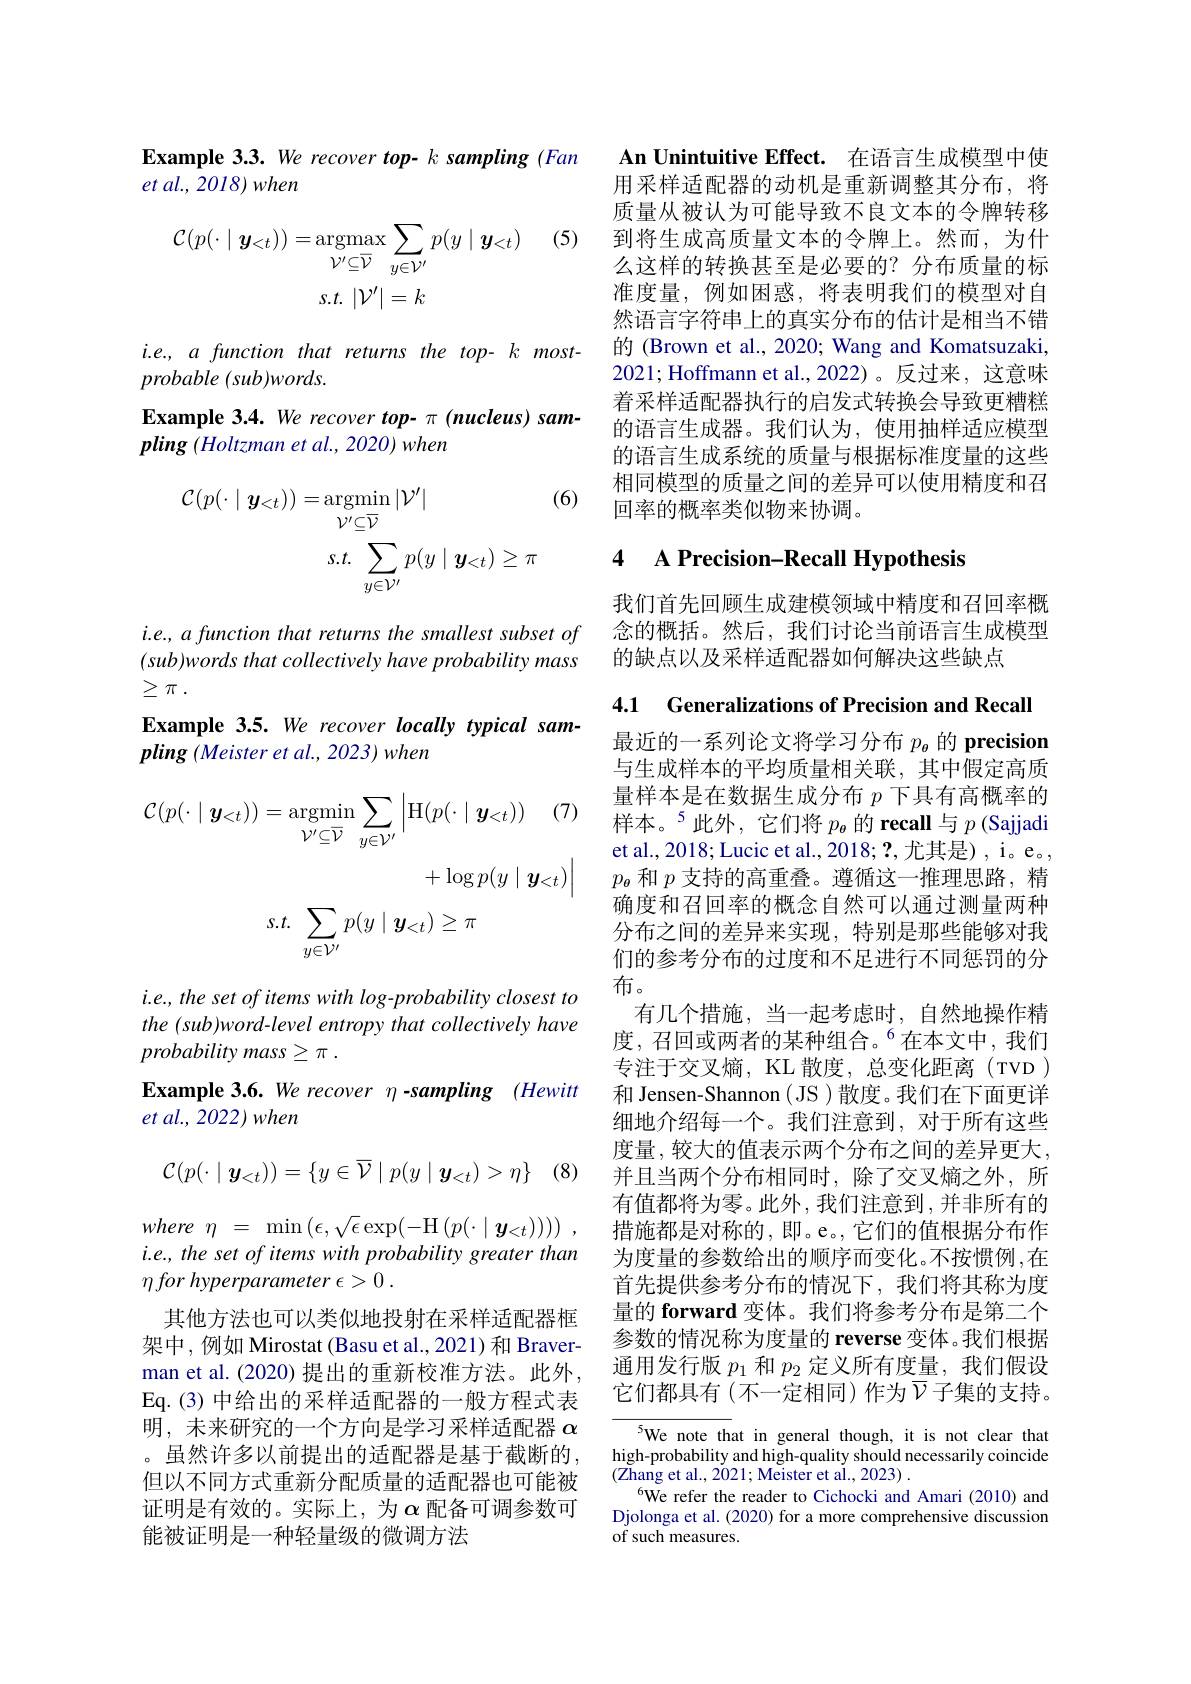
i.e., the set of items with log-probability closest to the (sub)word-level entropy that collectively have $probabilitymass\geq \pi$ .
Example 3.6. We recover $\eta$ -sampling $( Hewitt$
$et$ $al. $, 2022) when

$(8^{\circ}$
$$\mathcal{C}(p(\cdot\mid\boldsymbol{y}_{<t}))=\{y\in\overline{\mathcal{V}}\mid p(y\mid\boldsymbol{y}_{<t})>\eta\}$$
where $\eta$ = $\min \left ( \epsilon , \sqrt {\epsilon }\exp ( - \mathcal{H} \left ( p( \cdot \mid \boldsymbol{y}_{< t}) \right ) \right ) )$ , $i.e.,thesetofitemswithprobabilitygreaterthan$ $\eta \textit{for hyperparameter }\epsilon > 0$ .
其他方法也可以类似地投射在采样适配器框架中，例如 Mirostat (Basu et al.,2021) 和 Braverman et al. (2020) 提出的重新校准方法。此外， Eq.(3)中给出的采样适配器的一般方程式表明，未来研究的一个方向是学习采样适配器$\alpha$ 。虽然许多以前提出的适配器是基于截断的， 但以不同方式重新分配质量的适配器也可能被证明是有效的。实际上，为$\alpha$ 配备可调参数可能被证明是一种轻量级的微调方法

Example 3.3. We recover top- k sampling (Fan
$et$ $al. $, 2018) when

(5)
$$\begin{aligned}\mathcal{C}(p(\cdot\mid\boldsymbol{y}_{<t}))&=\arg\max_{\nu^{\prime}\subseteq\overline{\nu}}\sum_{y\in\mathcal{V}^{\prime}}p(y\mid\boldsymbol{y}_{<t})\\&s.t.\:|\mathcal{V}^{\prime}|=k\end{aligned}$$
i.e., a function that returns the top- k most-
$probable(sub)words.$
Example 3.4. We recover top- $\pi$ (nucleus) sam-
$pling\left(Holtzman\:et\:al.,\:2020\right)when$

(6)
$$\begin{aligned}\mathcal{C}(p(\cdot\mid\boldsymbol{y}_{<t}))&=\operatorname*{argmin}_{\mathcal{V}^{\prime}\subseteq\overline{\mathcal{V}}}|\mathcal{V}^{\prime}|\\&s.t.\sum_{y\in\mathcal{V}^{\prime}}p(y\mid\boldsymbol{y}_{<t})\geq\pi\end{aligned}$$
$i.e.,afunction$ that returns the smallest subset of $( sub) words\textit{ that collectively have probability mass}$ $\geq \pi$ .
Example 3.5. We recover locally typical sam-
$pling\left(Meister\textit{et al., 2023) when}\right.$
$$\begin{aligned}\mathcal{C}(p(\cdot\mid\boldsymbol{y}_{<t}))&=\underset{\mathcal{V}^{\prime}\subseteq\overline{\mathcal{V}}}{\operatorname*{argmin}}\sum_{y\in\mathcal{V}^{\prime}}\left|\mathrm{H}(p(\cdot\mid\boldsymbol{y}_{<t}))\quad(7)\\&&+\log p(y\mid\boldsymbol{y}_{<t})\right|\\s.t.&\sum_{y\in\mathcal{V}^{\prime}}p(y\mid\boldsymbol{y}_{<t})\geq\pi\end{aligned}$$
An Unintuitive Effect. 在语言生成模型中使用采样适配器的动机是重新调整其分布，将质量从被认为可能导致不良文本的令牌转移到将生成高质量文本的令牌上。然而，为什么这样的转换甚至是必要的？分布质量的标准度量，例如困惑，将表明我们的模型对自然语言字符串上的真实分布的估计是相当不错的 (Brown et al., 2020; Wang and Komatsuzaki 2021; Hoffmann et al.,2022)。反过来，这意味着采样适配器执行的启发式转换会导致更糟糕的语言生成器。我们认为，使用抽样适应模型的语言生成系统的质量与根据标准度量的这些相同模型的质量之间的差异可以使用精度和召回率的概率类似物来协调。

# 4 A Precision-Recall Hypothesis

我们首先回顾生成建模领域中精度和召回率概念的概括。然后，我们讨论当前语言生成模型的缺点以及采样适配器如何解决这些缺点

4.1 Generalizations of Precision and Recall

最近的一系列论文将学习分布$p_\mathrm{\theta}$的 precision 与生成样本的平均质量相关联，其中假定高质量样本是在数据生成分布$p$下具有高概率的样本。$^{5}$此外，它们将$p_{\theta}$的 recall 与$p$(Sajjadi et al., 2018; Lucic et al., 2018; ?, 尤其是) , i。e。, $p_{\boldsymbol{\theta}}$和$p$支持的高重叠。遵循这一推理思路，精确度和召回率的概念自然可以通过测量两种分布之间的差异来实现，特别是那些能够对我们的参考分布的过度和不足进行不同惩罚的分布。
有几个措施，当一起考虑时，自然地操作精度，召回或两者的某种组合。$^{6}$在本文中，我们专注于交叉熵，KL 散度，总变化距离(TVD) 和 Jensen-Shannon ( JS ) 散度。我们在下面更详细地介绍每一个。我们注意到，对于所有这些度量，较大的值表示两个分布之间的差异更大， 并且当两个分布相同时，除了交叉熵之外，所有值都将为零。此外，我们注意到，并非所有的措施都是对称的，即。e。,它们的值根据分布作为度量的参数给出的顺序而变化。不按惯例，在首先提供参考分布的情况下，我们将其称为度量的 forward 变体。我们将参考分布是第二个参数的情况称为度量的 reverse 变体。我们根据通用发行版$p_1$和$p_2$定义所有度量，我们假设它们都具有(不一定相同)作为$\overline{\mathcal{V}}$子集的支持。

${^{5}\text{We note th}}$at in general though, it is not clear that high-probability and high-quality should necessarily coincide $(\tilde{\text{Zhang et al., 2021; Meister et al., 2023)}}$
$^{6}$We refer the reader to Cichocki and Amari (2010) and Djolonga et al. (2020) for a more comprehensive discussion of such measures.